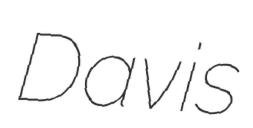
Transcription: Davis